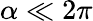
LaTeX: \alpha\ll 2\pi